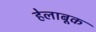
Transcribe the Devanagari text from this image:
हेलाबूक